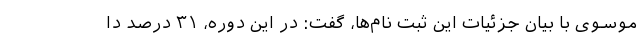
موسوی با بیان جزئیات این ثبت نام‌ها، گفت: در این دوره، ۳۱ درصد دا